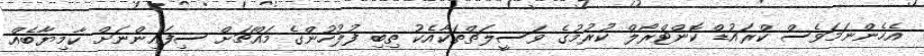
އެހެންނަމަވެސް ކްރައުޑް ކޮންޓްރޯލް ކުރުމުގެ ވަސީލަތްތަކާއެކު ތިބި ފުލުހުންގެ މައްޗަށް ސިފައިންނަށް ކާމިޔާބެއް